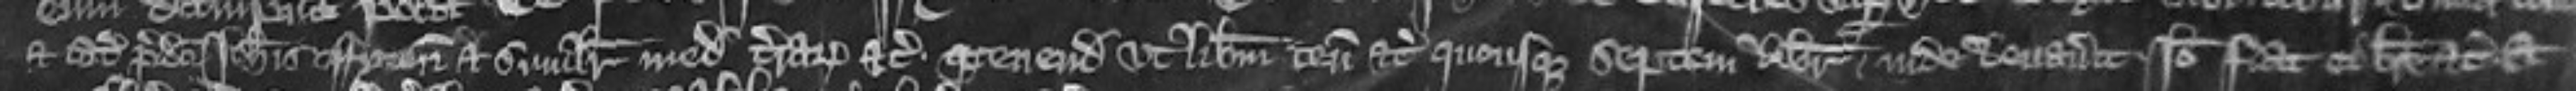
et catalla predicti Johannis Fyton et similiter medietatem terrarum etc tenendam ut liberum tenementum etc quousque septem libras inde levaverit Ideo fiat ei breve etc Et